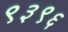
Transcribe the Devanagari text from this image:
९३९६